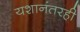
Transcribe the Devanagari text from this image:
यशानंतरही